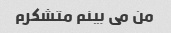
من می بینم متشکرم